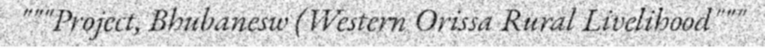
"""Project, Bhubanesw (Western Orissa Rural Livelihood"""